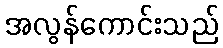
အလွန်ကောင်းသည်